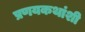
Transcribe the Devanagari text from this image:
प्रणयकथांशी